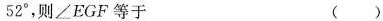
5 2 °$$，则∠EGF等于 ( )